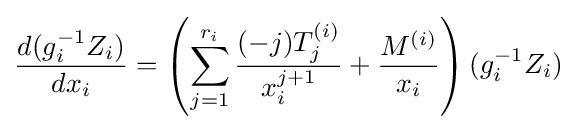
{\frac {d(g_{i}^{-1}Z_{i})}{dx_{i}}}=\left(\sum _{j=1}^{r_{i}}{\frac {(-j)T_{j}^{(i)}}{x_{i}^{j+1}}}+{\frac {M^{(i)}}{x_{i}}}\right)(g_{i}^{-1}Z_{i})